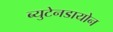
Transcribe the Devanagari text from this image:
ब्युटेनडायोन